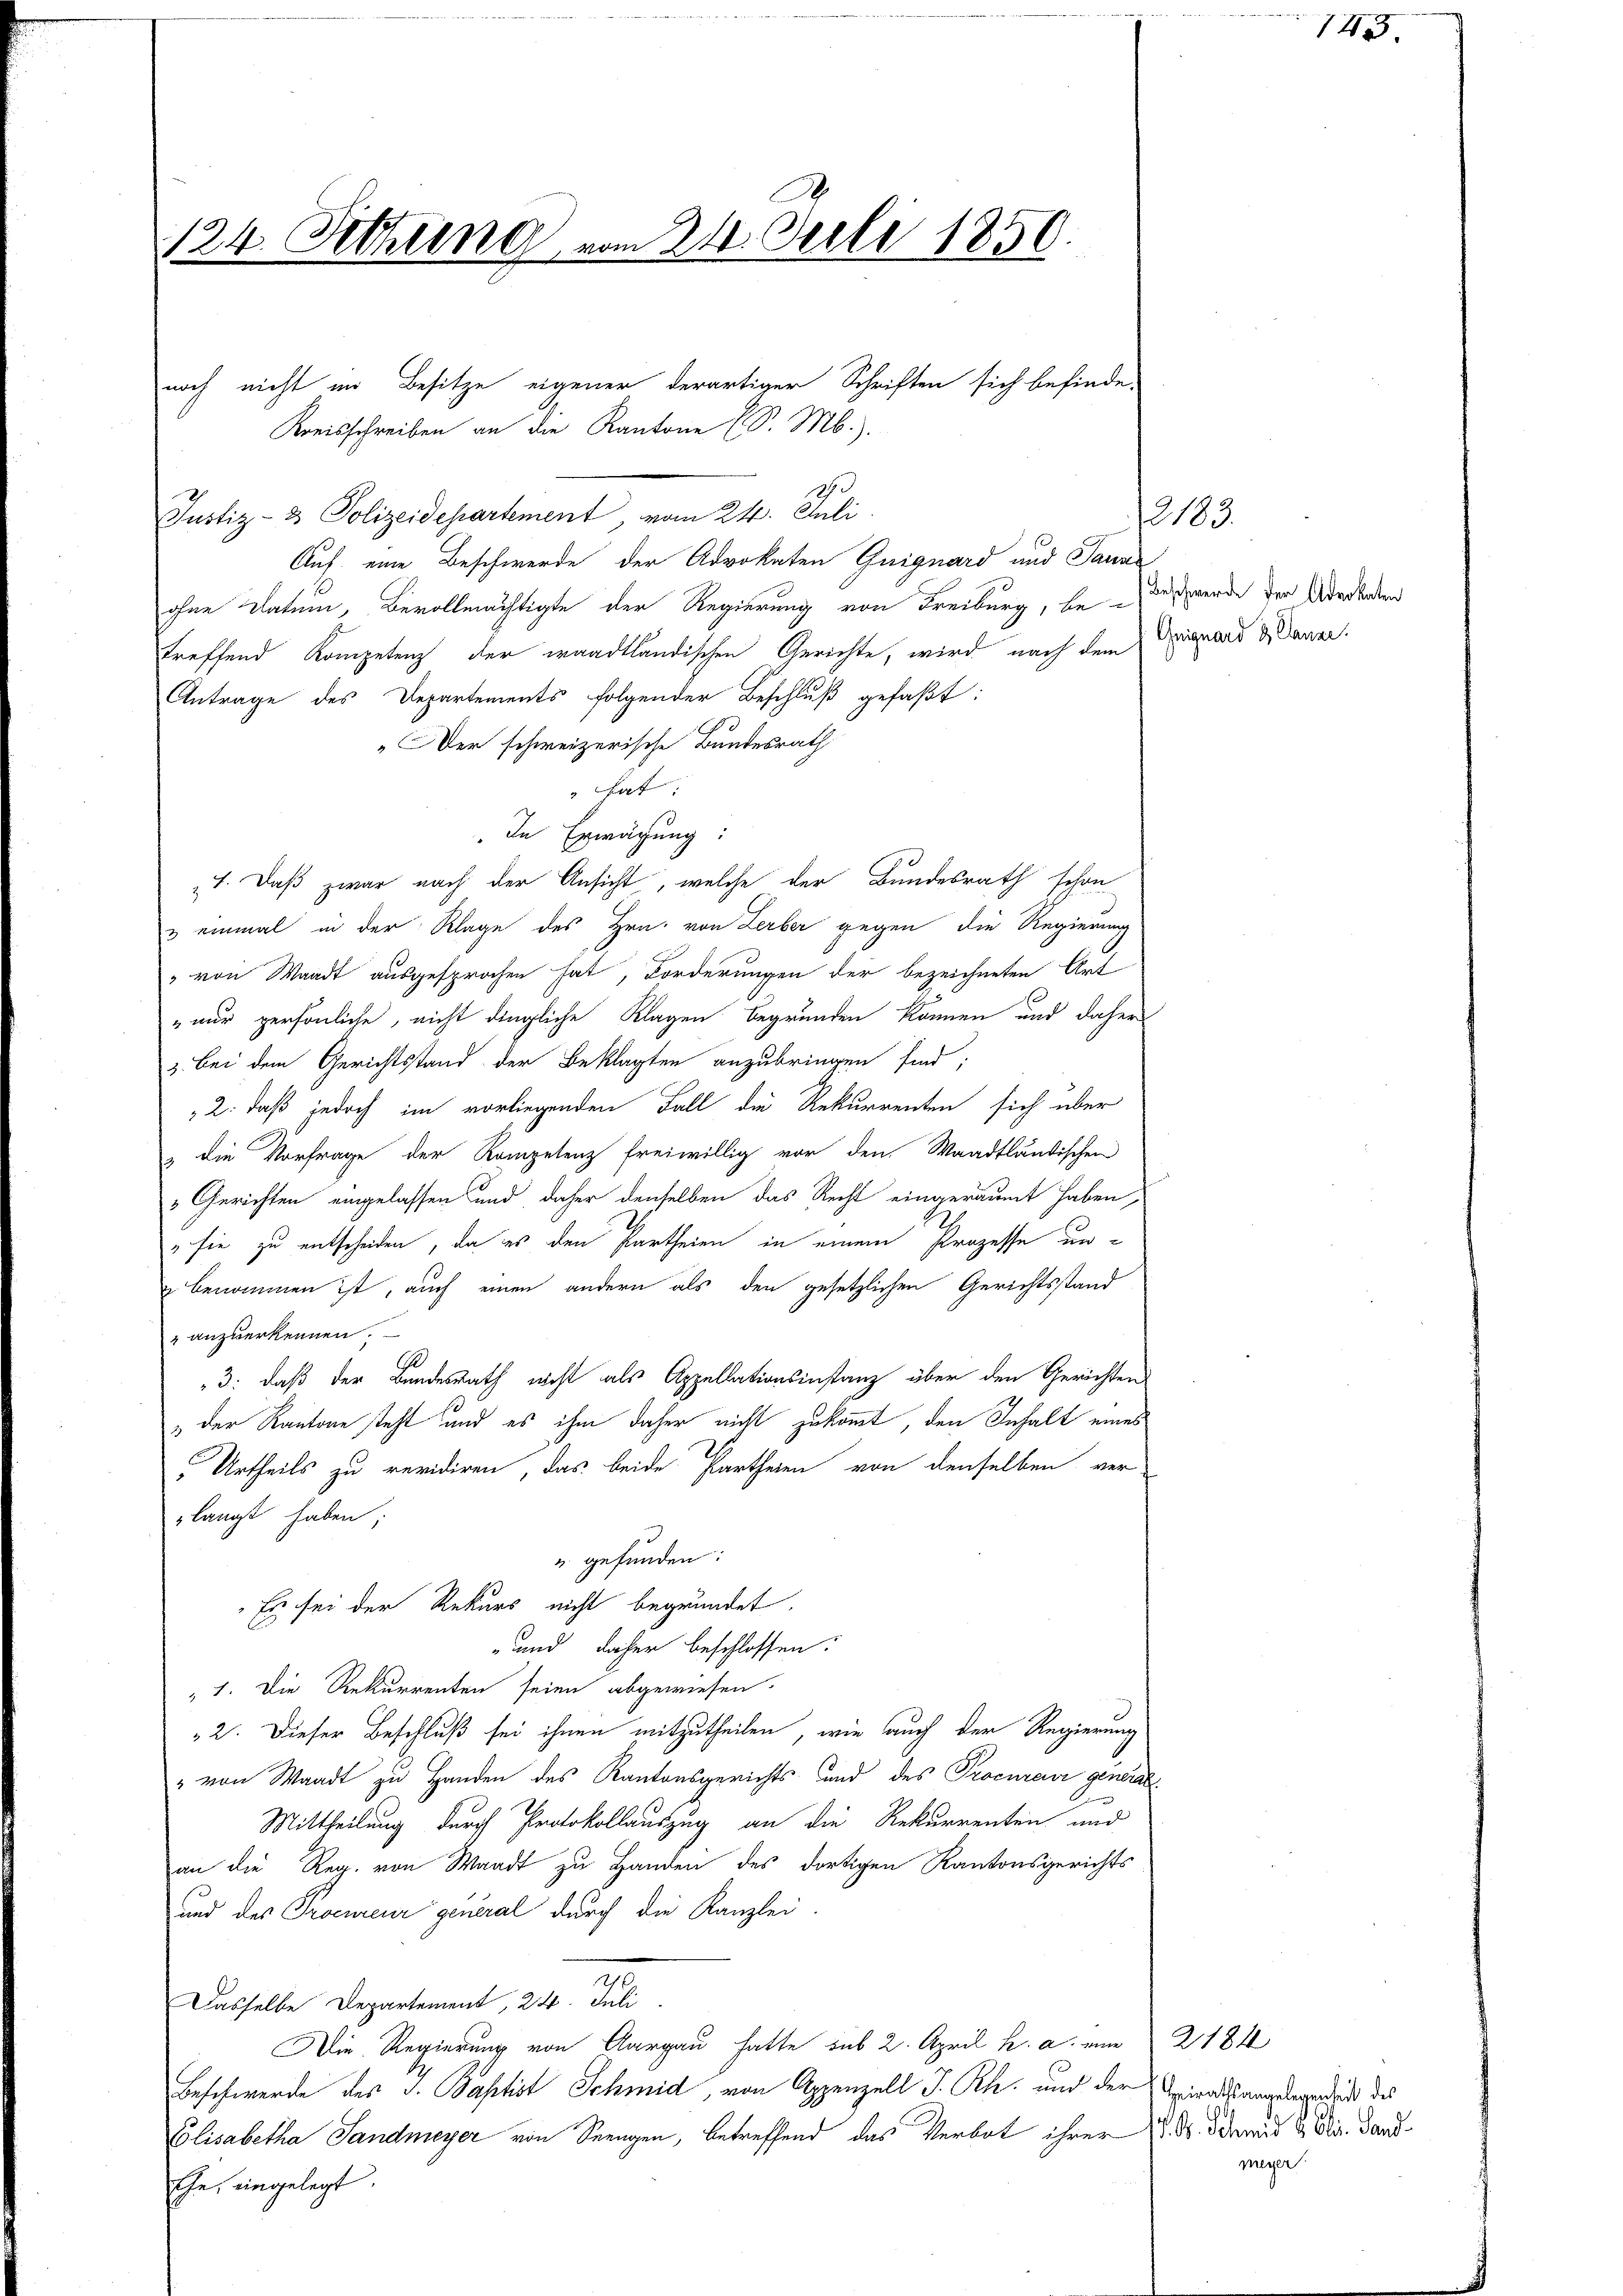
124. Setzung vom 24. Juli 1850.

Justiz- & Polizeidepartement, vom 24. Juli
Auf eine Beschwerde der Advokaten Guignard und Sana
ohne Datum, Bevollmächtigte der Regierung von Freiburg, bei werde der Adedanken
treffend Kompetenz der waadtländischen Gerichte, wird nach dem Finand & Dauer.
Antrage des Departements folgender Beschluß gefaßt:
„Der schweizerische Bundesrath
hat:
In Erwägung:
1. Daß zwar nach der Ansicht, welche der Bundesrath schon
& einmal in der Klage des Hrn. von Lerber gegen die Regierung
" von Waadt ausgesprochen hat, Forderungen der bezeichneten Art
"nur persönliche, nicht dingliche Klagen begründen können und daher
3. Bei dem Gerichtsstand der Beklagten anzubringen sind;
2: daß jedoch im vorliegenden Fall die Rekurrenten sich über
3 die Vorfrage der Kompetenz freiwillig vor den Waadtländischen
„Gerichten eingelassen und daher denselben das Recht eingeräumt haben,
" sie zu entscheiden, da es den Partheien in einem Prozesse un¬
 benommen ist, auch einen andern als den gesetzlichen Gerichtsstand
" anzuerkennen.
3: daß der Bundesrath nicht als Appellationsinstanz über den Gerichten
& der Kantone steht und es ihm daher nicht zukommt, den Inhalt eines
Urtheils zu revidiren, das beide Partheien von denselben ver-
langt haben;
" gefunden:
Es sei der Rekurs nicht begründet.
und daher beschlossen:
„1. Die Rekurrenten seien abgewiesen.
2. Dieser Beschluß sei ihnen mitzutheilen, wie auch der Regierung
" von Waadt zu Handen des Kantonsgerichts- und des Procuranz general¬
Mittheilung durch Protokollauszug an die Rekurrenten und
an die Reg. von Waadt zu Handen des dortigen Kantonsgerichts
und des Procureur general durch die Kanzlei-
Dasselbe Departement, 24. Juli
Die Regierung von Aargau hatte sub 2. April h. a. eine 2184
Beschwerde des S. Baptist Schmid, von Appenzell I. Rh. und der Aspiratsangelegenheit des
Elisabetha Sandmeyer von Seengen, betreffend das Verbot ihrer M. D. Seid & Dr. Land¬
Ehe, eingelegt.

noch nicht im Besitze eigener derartiger Schriften sich befinde-
Kreisschreiben an die Kantone (S. Mb.).
2

2183.

145.

meyer